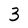
Character: 3